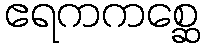
ဧရကကစ္ဆေ